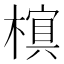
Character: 𬄖